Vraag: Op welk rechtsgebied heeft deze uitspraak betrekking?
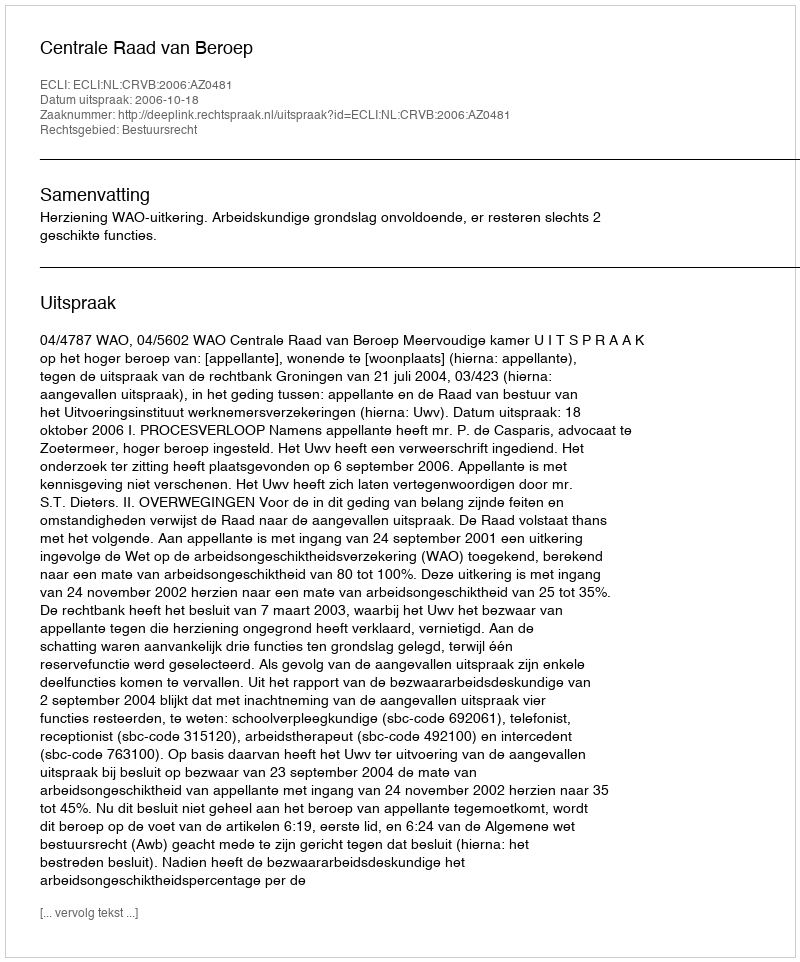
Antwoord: Bestuursrecht